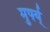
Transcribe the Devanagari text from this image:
मुर्फ्य्